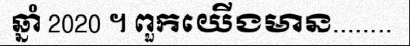
ឆ្នាំ 2020 ។ ពួកយើងមាន........